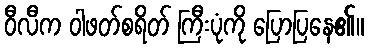
ဝီလီက ဝါဖတ်စရိတ် ကြီးပုံကို ပြောပြနေ၏။